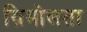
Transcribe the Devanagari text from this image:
ग्रिमोलता